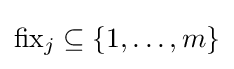
{\text{fix}}_{j}\subseteq \{1,\ldots ,m\}